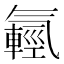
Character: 𣱮